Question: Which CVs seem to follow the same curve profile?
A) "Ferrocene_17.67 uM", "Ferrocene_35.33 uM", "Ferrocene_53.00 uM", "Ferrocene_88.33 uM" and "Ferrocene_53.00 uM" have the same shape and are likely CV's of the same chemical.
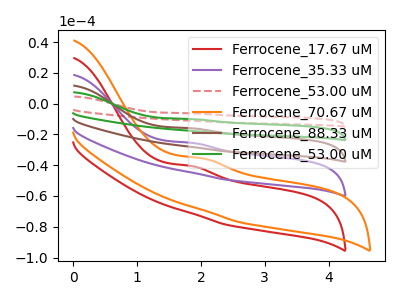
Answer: <think>The red curve "Ferrocene_17.67 uM" has an anodic peak at: (1.85V, -40.50uA). The purple curve "Ferrocene_35.33 uM" has an anodic peak at: (1.85V, -25.45uA). The red dashed curve "Ferrocene_53.00 uM" has an anodic peak at: (1.85V, -101.85uA). The orange curve "Ferrocene_70.67 uM" has an anodic peak at: (2.00V, -35.50uA). The brown curve "Ferrocene_88.33 uM" has an anodic peak at: (1.85V, -50.90uA). The green curve "Ferrocene_53.00 uM" has an anodic peak at: (1.85V, -76.40uA).
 All the peaks in "Ferrocene_17.67 uM" have a peak in "Ferrocene_35.33 uM" at the same potential. Every peak in "Ferrocene_17.67 uM" is lower than every peak in "Ferrocene_35.33 uM". All the peaks in "Ferrocene_17.67 uM" have a peak in "Ferrocene_53.00 uM" at the same potential. Every peak in "Ferrocene_17.67 uM" is higher than every peak in "Ferrocene_53.00 uM". "Ferrocene_17.67 uM" and "Ferrocene_70.67 uM" have at least one peak that do not match. All the peaks in "Ferrocene_17.67 uM" have a peak in "Ferrocene_88.33 uM" at the same potential. Every peak in "Ferrocene_17.67 uM" is higher than every peak in "Ferrocene_88.33 uM". All the peaks in "Ferrocene_17.67 uM" have a peak in "Ferrocene_53.00 uM" at the same potential. Every peak in "Ferrocene_17.67 uM" is higher than every peak in "Ferrocene_53.00 uM". All the peaks in "Ferrocene_35.33 uM" have a peak in "Ferrocene_53.00 uM" at the same potential. Every peak in "Ferrocene_35.33 uM" is higher than every peak in "Ferrocene_53.00 uM". "Ferrocene_35.33 uM" and "Ferrocene_70.67 uM" have at least one peak that do not match. All the peaks in "Ferrocene_35.33 uM" have a peak in "Ferrocene_88.33 uM" at the same potential. Every peak in "Ferrocene_35.33 uM" is higher than every peak in "Ferrocene_88.33 uM". All the peaks in "Ferrocene_35.33 uM" have a peak in "Ferrocene_53.00 uM" at the same potential. Every peak in "Ferrocene_35.33 uM" is higher than every peak in "Ferrocene_53.00 uM". "Ferrocene_53.00 uM" and "Ferrocene_70.67 uM" have at least one peak that do not match. All the peaks in "Ferrocene_53.00 uM" have a peak in "Ferrocene_88.33 uM" at the same potential. Every peak in "Ferrocene_53.00 uM" is lower than every peak in "Ferrocene_88.33 uM". All the peaks in "Ferrocene_53.00 uM" have a peak in "Ferrocene_53.00 uM" at the same potential. Every peak in "Ferrocene_53.00 uM" is lower than every peak in "Ferrocene_53.00 uM". "Ferrocene_70.67 uM" and "Ferrocene_88.33 uM" have at least one peak that do not match. "Ferrocene_70.67 uM" and "Ferrocene_53.00 uM" have at least one peak that do not match. All the peaks in "Ferrocene_88.33 uM" have a peak in "Ferrocene_53.00 uM" at the same potential. Every peak in "Ferrocene_88.33 uM" is higher than every peak in "Ferrocene_53.00 uM".</think>
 <answer>A) "Ferrocene_17.67 uM", "Ferrocene_35.33 uM", "Ferrocene_53.00 uM", "Ferrocene_88.33 uM" and "Ferrocene_53.00 uM" have the same shape and are likely CV's of the same chemical.</answer>
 <eval>A</eval>